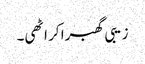
زیبی گھبرا کر اٹھی۔